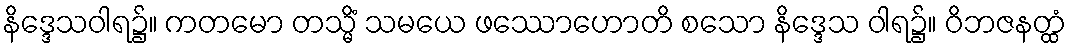
နိဒ္ဒေသဝါရ၌။ ကတမော တသ္မိံ သမယေ ဖဿောဟောတိ စသော နိဒ္ဒေသ ဝါရ၌။ ဝိဘဇနတ္ထံ